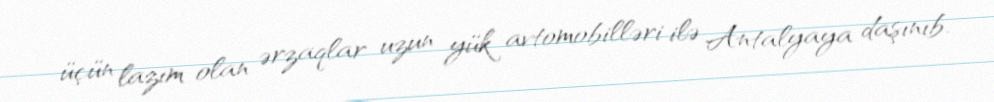
üçün lazım olan ərzaqlar uzun yük avtomobilləri ilə Antalyaya daşınıb.